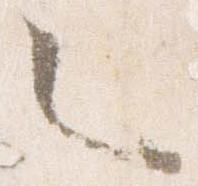
々